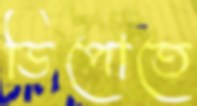
ডিপোতে